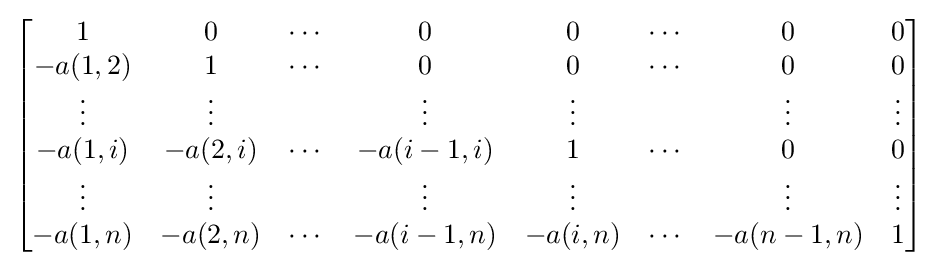
{\begin{bmatrix}1&0&\cdots &0&0&\cdots &0&0\\-a(1,2)&1&\cdots &0&0&\cdots &0&0\\\vdots &\vdots &&\vdots &\vdots &&\vdots &\vdots \\-a(1,i)&-a(2,i)&\cdots &-a(i-1,i)&1&\cdots &0&0\\\vdots &\vdots &&\vdots &\vdots &&\vdots &\vdots \\-a(1,n)&-a(2,n)&\cdots &-a(i-1,n)&-a(i,n)&\cdots &-a(n-1,n)&1\end{bmatrix}}